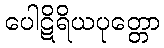
ပေါဋိရိယပုတ္တော